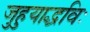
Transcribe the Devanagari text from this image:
जुहुयाद्धविः